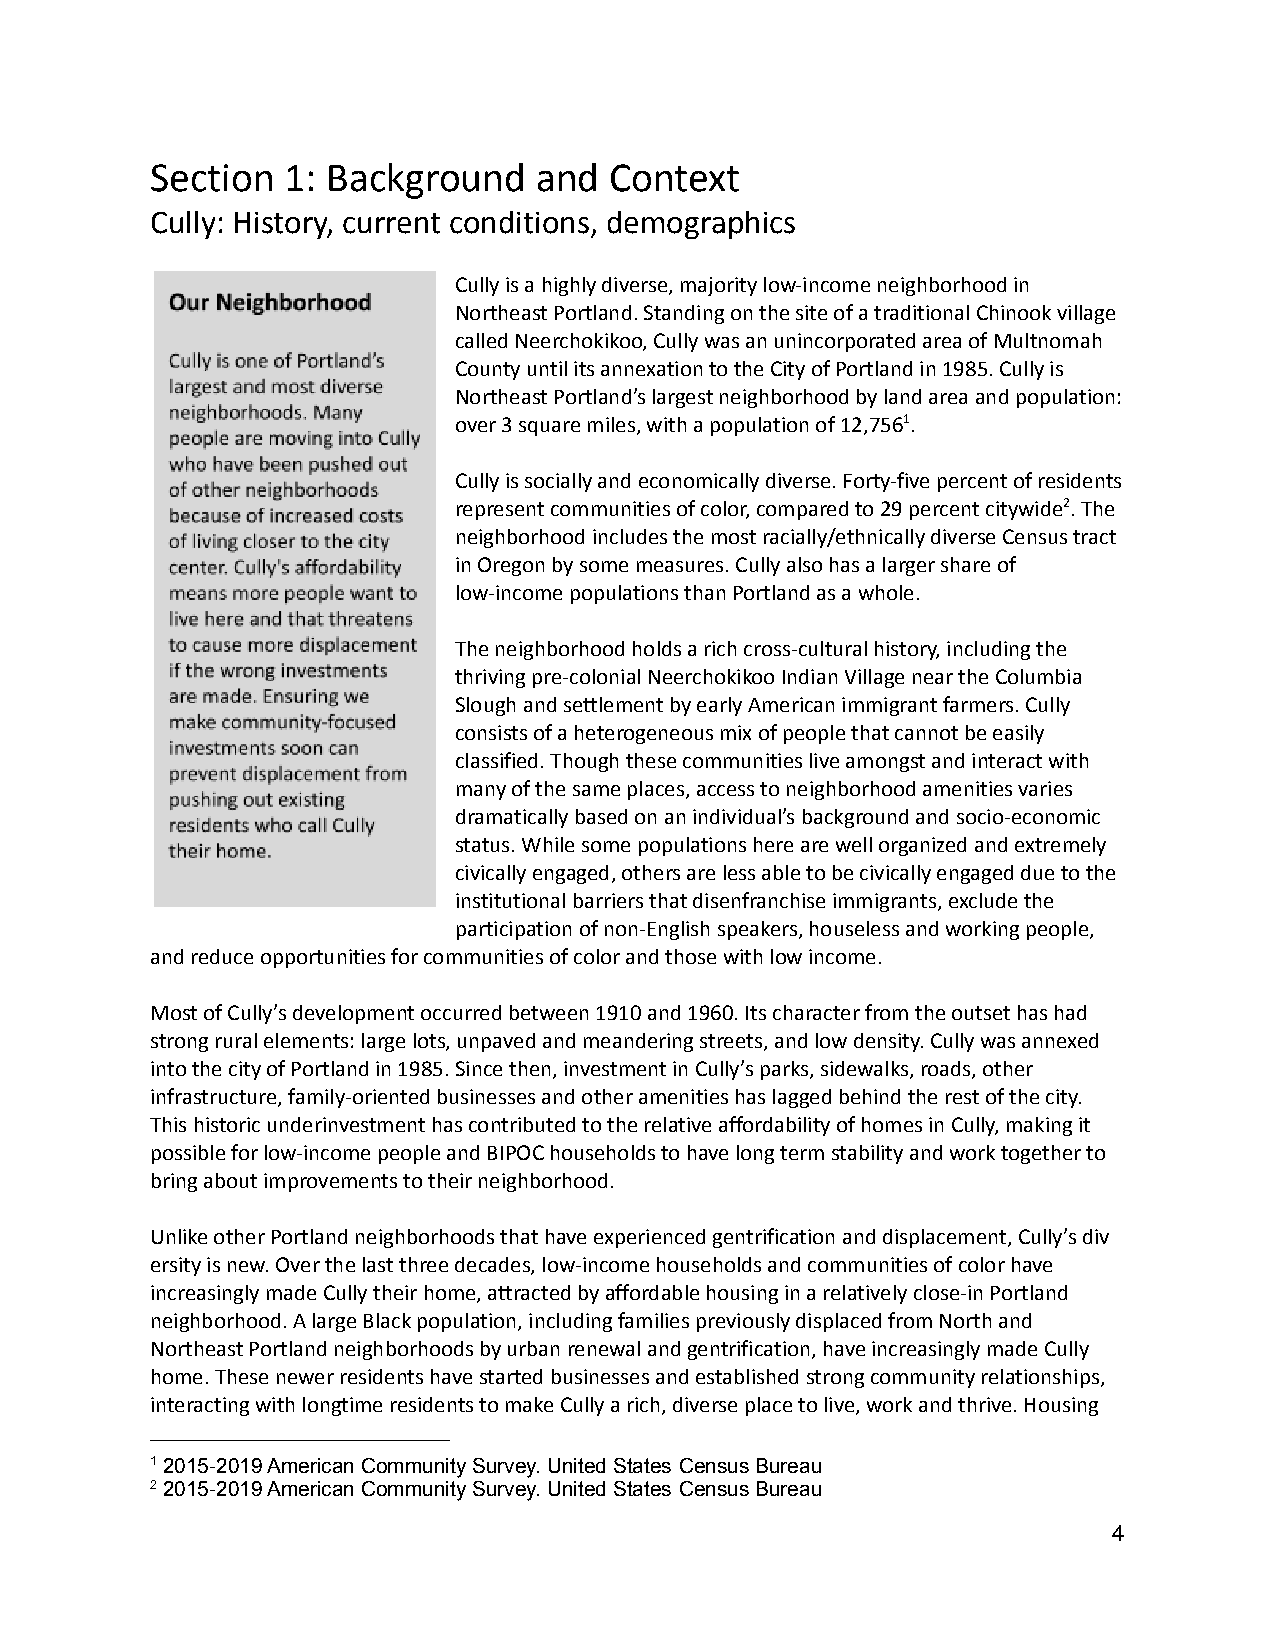
Section  1: Background   and  Context
 Cully: History, current conditions, demographics
 Cully is a highly diverse, majority low-income neighborhoodin
 Northeast Portland. Standing on the site of a traditionalChinook village
 called Neerchokikoo, Cully was an unincorporated areaof Multnomah
 County until its annexation to the City of Portlandin 1985. Cully is
 Northeast Portland’s largest neighborhood by landarea and population:
 over 3 square miles, with a population of 12,7561.
 Cully is socially and economically diverse. Forty-fivepercent of residents
 represent communities of color, compared to 29 percentcitywide2. The
 neighborhood includes the most racially/ethnicallydiverse Census tract
 in Oregon by some measures. Cully also has a largershare of
 low-income populations than Portland as a whole.
 The neighborhood holds a rich cross-cultural history,including the
 thriving pre-colonial Neerchokikoo Indian Villagenear the Columbia
 Slough and settlement by early American immigrantfarmers. Cully
 consists of a heterogeneous mix of people that cannotbe easily
 classified. Though these communities live amongstand interact with
 many of the same places, access to neighborhood amenitiesvaries
 dramatically based on an individual’s background andsocio-economic
 status. While some populations here are well organizedand extremely
 civically engaged, others are less able to be civicallyengaged due to the
 institutional barriers that disenfranchise immigrants,exclude the
 participation of non-English speakers, houseless andworking people,
 and reduce opportunities for communities of colorand those with low income.
 Most of Cully’s development occurred between 1910and 1960. Its character from the outset has had
 strong rural elements: large lots, unpaved and meanderingstreets, and low density. Cully was annexed
 into the city of Portland in 1985. Since then, investmentin Cully’s parks, sidewalks, roads, other
 infrastructure, family-oriented businesses and otheramenities has lagged behind the rest of the city.
 This historic underinvestment has contributed to therelative affordability of homes in Cully, makingit
 possible for low-income people and BIPOC householdsto have long term stability and work together to
 bring about improvements to their neighborhood.
 Unlike other Portland neighborhoods that have experiencedgentrification and displacement, Cully’s div
 ersity is new. Over the last three decades, low-incomehouseholds and communities of color have
 increasingly made Cully their home, attracted by affordablehousing in a relatively close-in Portland
 neighborhood. A large Black population, includingfamilies previously displaced from North and
 Northeast Portland neighborhoods by urban renewaland gentrification, have increasingly made Cully
 home. These newer residents have started businessesand established strong community relationships,
 interacting with longtime residents to make Cullya rich, diverse place to live, work and thrive. Housing
 12015-2019 American Community Survey. United States Census Bureau
 22015-2019 American Community Survey. United States Census Bureau
 4